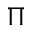
\Pi